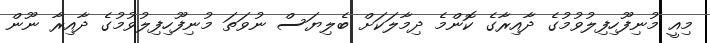
މިއީ މުނިފޫހިފިލުވުމުގެ ދާއިރާގެ ކޮންމެ ދިމާލަކަށް ބެލިޔަސް ނުވަތަ މުނިފޫހިފިލުވުމުގެ ދާއިރާ ނޫން